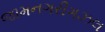
જામનગરીગઝલ